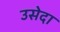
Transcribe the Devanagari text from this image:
उसेदा